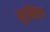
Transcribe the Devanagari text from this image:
मुन्सिफ़